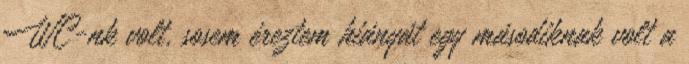
WC-nk volt, sosem éreztem hiányát egy másodiknak volt a